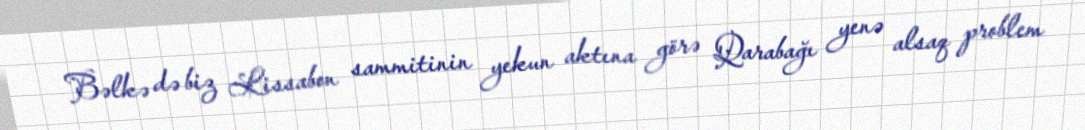
Bəlkə də biz Lissabon sammitinin yekun aktına görə Qarabağı yenə alsaq problem